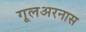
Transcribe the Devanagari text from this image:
गूलअरनास